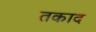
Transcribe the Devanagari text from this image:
तकाद